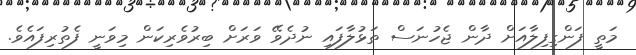
މަތީ ފަންގިފިލާއަށް ދާން ޖެހުނަސް ތަޅުލާފައި ނުދެވޭ ވަރަށް ބިރުވެރިކަން މިވަނީ ފެތުރިފައެވެ.